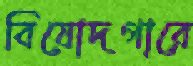
বিষোদগারে